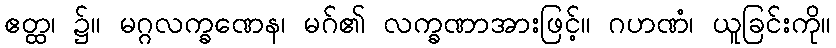
ဧတ္ထ၊ ၌။ မဂ္ဂလက္ခဏေန၊ မဂ်၏ လက္ခဏာအားဖြင့်။ ဂဟဏံ၊ ယူခြင်းကို။